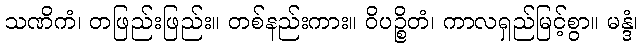
သဏိကံ၊ တဖြည်းဖြည်း။ တစ်နည်းကား။ ဝိပဉ္စိတံ၊ ကာလရှည်မြင့်စွာ။ မန္ဒံ၊